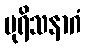
ပုရိသနာဂံ